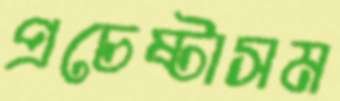
প্রচেষ্টাসম